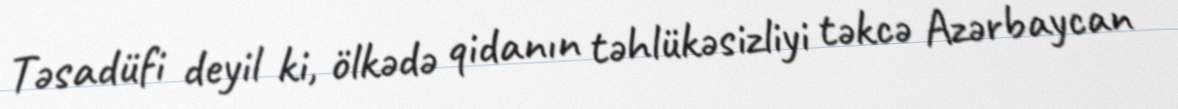
Təsadüfi deyil ki, ölkədə qidanın təhlükəsizliyi təkcə Azərbaycan